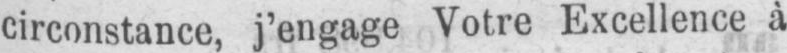
circonstance, j’engage Votre Excellence à